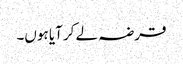
قرضہ لے کر آیا ہوں۔